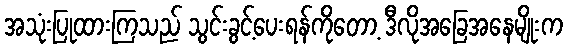
အသုံးပြုထားကြသည် သွင်းခွင့်ပေးရန်ကိုတော့ ဒီလိုအခြေအနေမျိုးက